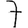
Digit: 7